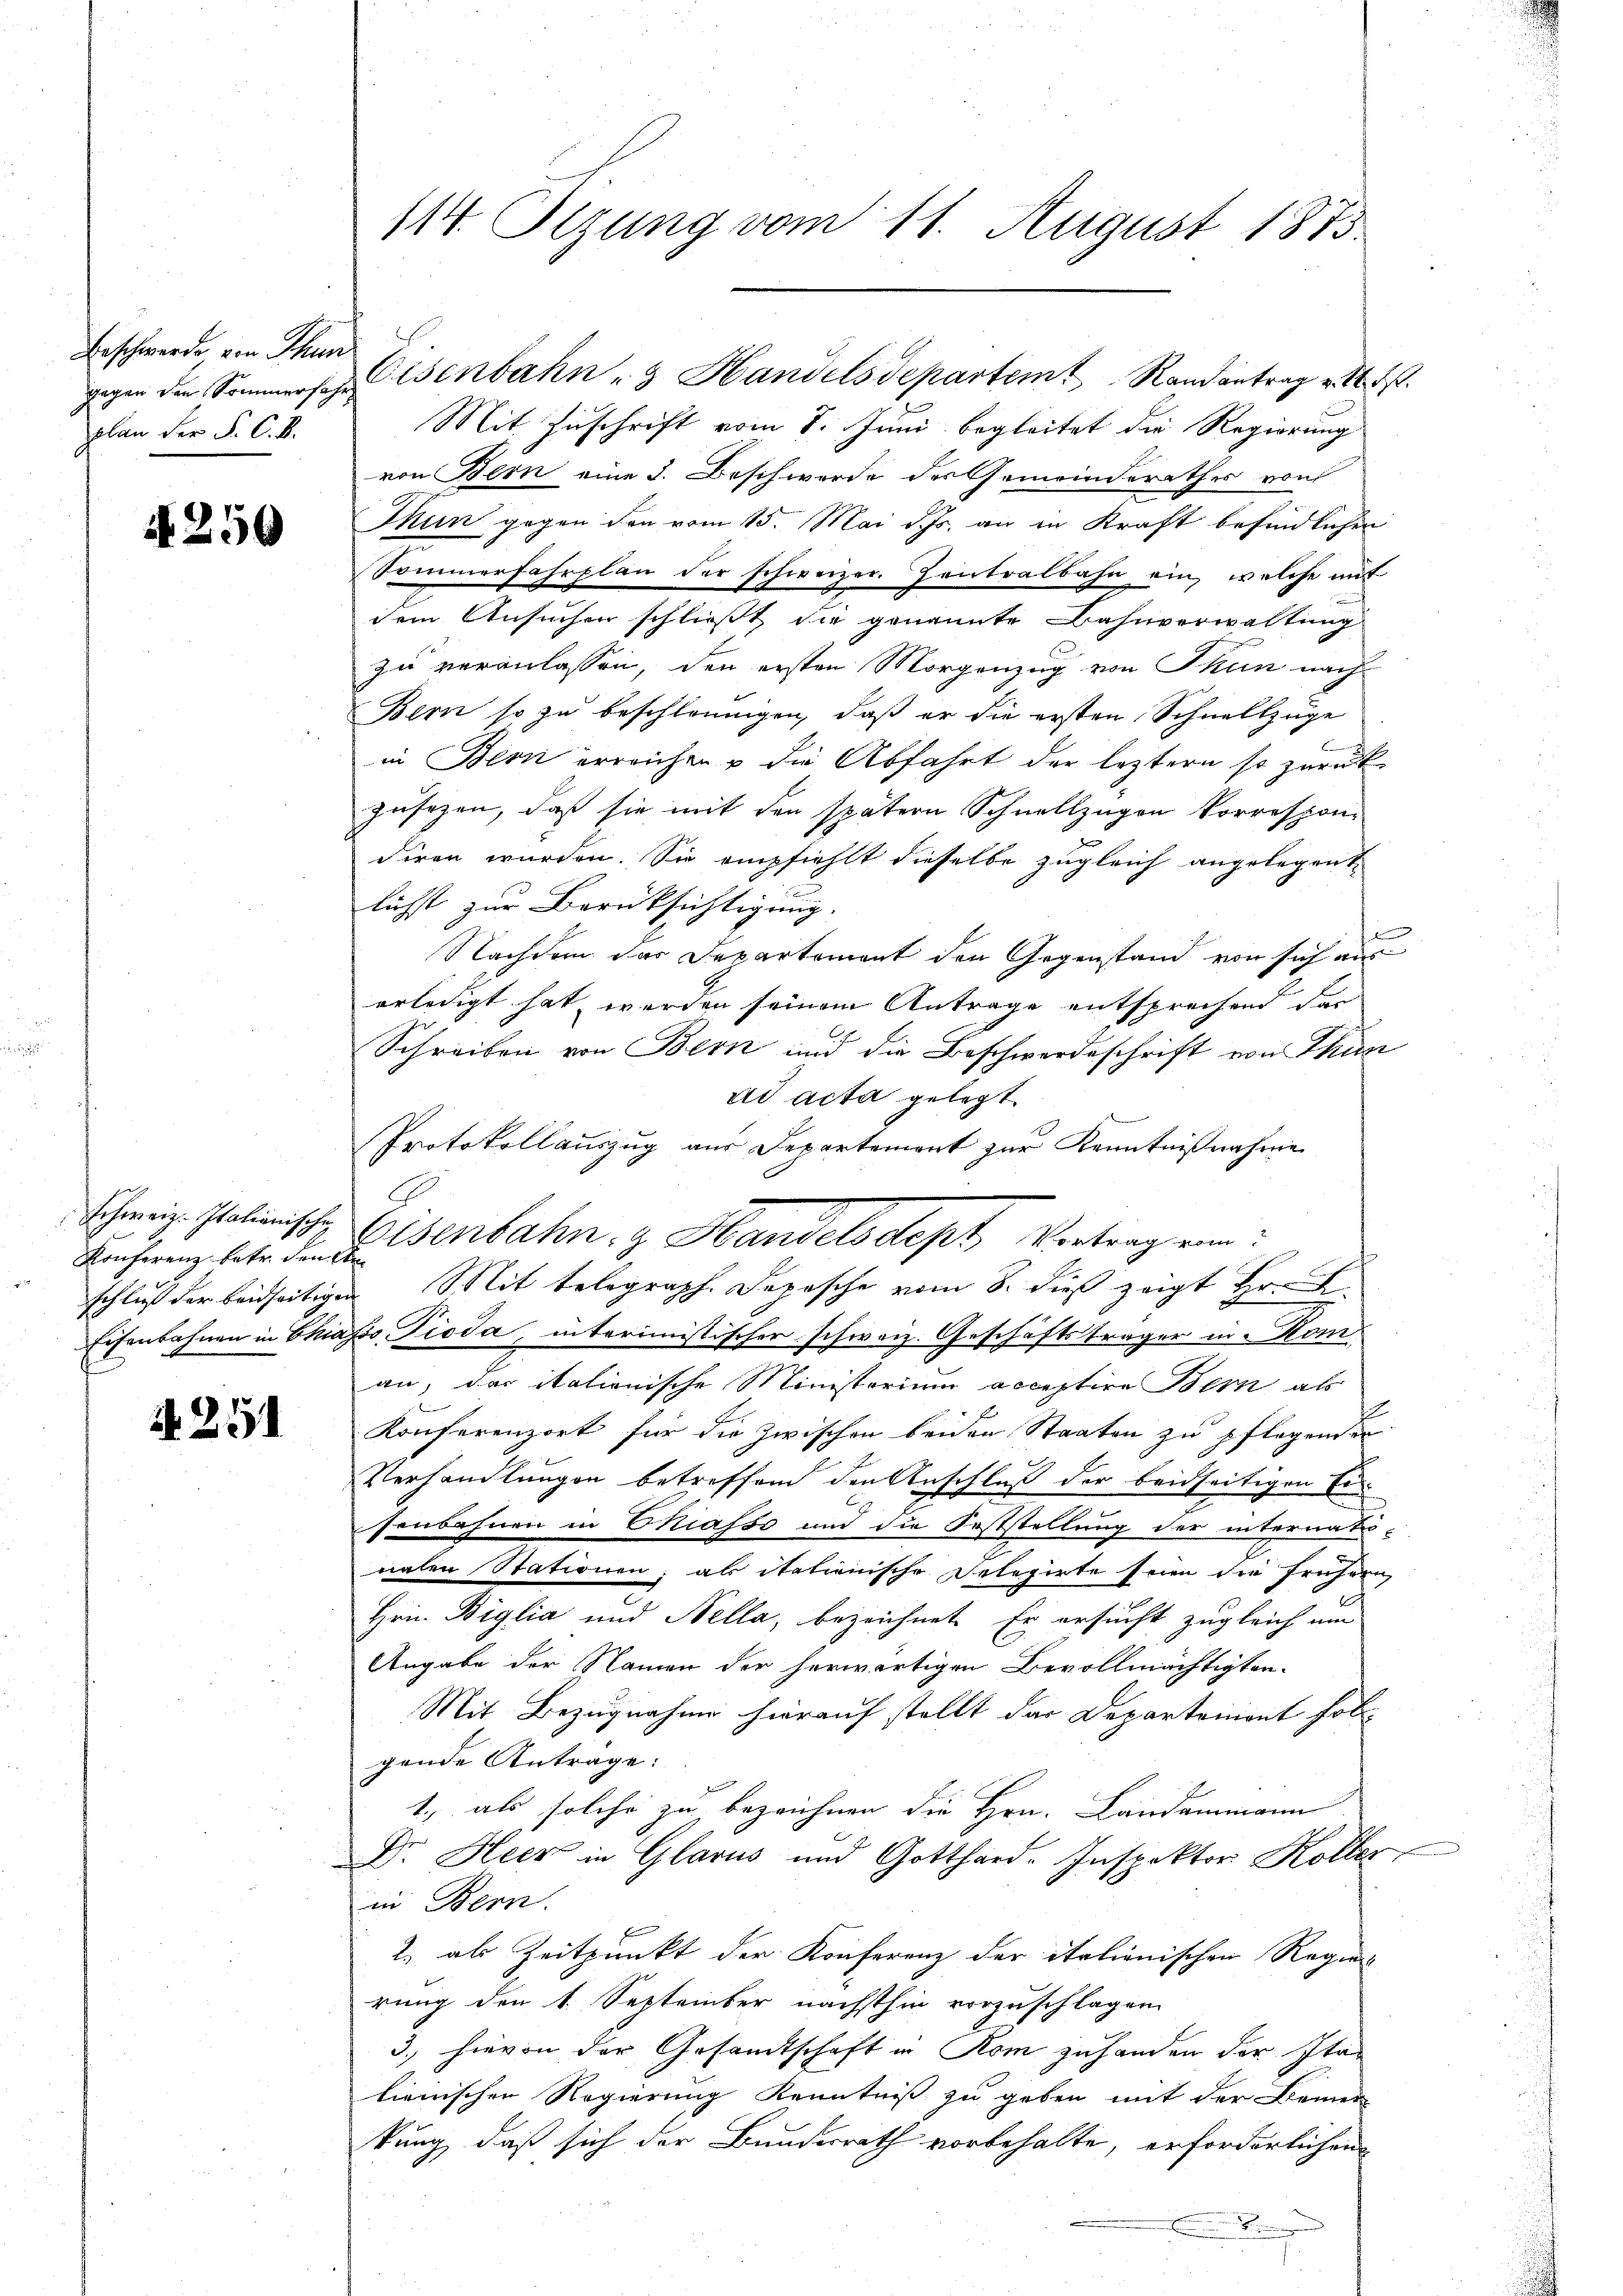
Beschwerde von Thun
plan der F. C. R.

4250

Konferenz betr. den ken
schluß der beidseitigen

A 251

114. Sizung vom 11. August 1873.

gegen den Sommerschelsenbahn & Handelsdepartem Randantrag v. 4. ds.

Mit Zuschrift vom 8. Juni begleitet die Regierung
von Bern eine 3. Beschwerde der Gemeinderathes von
Thun gegen den vom 15. Mai d. Js. an in Kraft befindlichen
Sommerfahrplan der schweizer. Zentralbahn ein, welche mit
dem Ansuchen schließt die genannte Bahnverwaltung
zu veranlassen, den ersten Morgenzug von Thun nach
Bern so zu beschleunigen, daß er die ersten Schnellzüge
in Bern erreichen u die Abfahrt der leztern so zurück
zusagen, daß sie mit den spätern Schnellzügen Vorrespon-
diren wurden. Sie empfiehlt dieselbe zugleich angelegent
lichst zur Berüksichtigung.
Nachdem das Departement den Gegenstand von sich aus
erledigt hat, werden seinem Antrage entsprechend das
Schreiben von Bern und die Beschwerdeschrift von Thun
ad acta gelegt.
Protokollauszug aus Departement zur Kenntnißnahme
Schweiz. Galienische Eisenbahn, z. Handelsdept, Vertrag ein:
Mit telegraph. Depesche vom 8. dieß zeigt Hr. R.
Eisenbahnen in Chiasso, Pioda, interimistischer schweiz. Geschäftsträger in Koman, das itationische Ministerium acceptire Bern als
Konferenzort für die zwischen beiden Staaten zu pflegenden
Verhandlungen betreffend den Anschluß der beidseitigen Ersenbahnen in Chiasso und die Feststellung der internat-
nalen Stationen; als itationische Selegirte seien die frühern
Hrn. Biglia und Nella, bezeichnet. Er ersucht zugleich am
Angabe der Namen der herwärtigen Bevollmächtigten.
Mit Bezugnahme hierauf stellt der Departement folgende Anträge:
1., als solche zu bezeichnen die Hrn. Landammann
Dr. Heer in Glarus und Gotthard-Inspektor Koller,
in Bern.
2. als Zeitpunkt der Konferenz der italionischen Regier
rung den 1. September nächsthin vorzuschlagen
3., hievon der Gesandtschaft in Rom zuhanden der Italienischen Regierung Kenntniß zu geben mit der Bemer
kung, daß sich der Bundesrath vorbehalte, erforderlichen